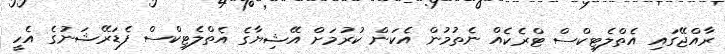
ރާއްޖޭގައި އެތްލެޓިކްސް ޓްރެކެއް ނެތުމުން އެކަން ކުރުމަށް އޭޝިޔާގެ އެތްލެޓިކްސް ފެޑަރޭޝަނުގެ އެހީ